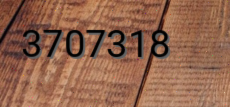
3707318